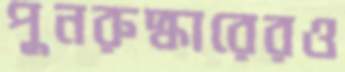
পুনরুদ্ধারেরও